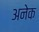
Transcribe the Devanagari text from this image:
अनेेक